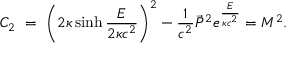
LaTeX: C _ { 2 } \ = \ \left( 2 \kappa \sinh \frac { E } { 2 \kappa c ^ { 2 } } \right) ^ { 2 } - { \frac { 1 } { c ^ { 2 } } } \vec { P } ^ { 2 } e ^ { \frac { E } { \kappa c ^ { 2 } } } = M ^ { 2 } .